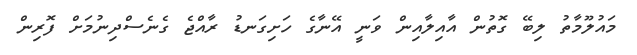
މައުލޫމާތު ލިބޭ ގޮތުން އާއިލާއިން ވަނީ އޭނާގެ ހަށިގަނޑު ރާއްޖެ ގެނެސްދިނުމަށް ފޮރިން